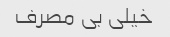
خیلی بی مصرف